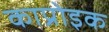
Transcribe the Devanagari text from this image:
काप्रोइक